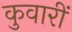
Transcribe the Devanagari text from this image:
कुवारीं